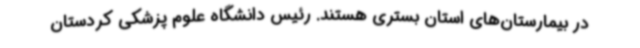
در بیمارستان‌های استان بستری هستند. رئیس دانشگاه علوم پزشکی کردستان